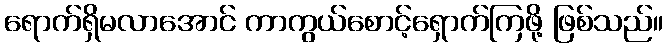
ရောက်ရှိမလာအောင် ကာကွယ်စောင့်ရှောက်ကြဖို့ ဖြစ်သည်။